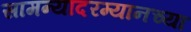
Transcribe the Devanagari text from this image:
सामन्यादरम्यानच्या